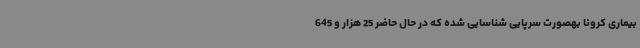
بیماری کرونا بهصورت سرپایی شناسایی شده که در حال حاضر 25 هزار و 645